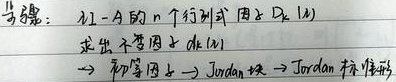
当\(\lambda\)：\(\lambda I - A\)的\(n\)个行列式因子\(D_k(\lambda)\)求出不变因子\(d_k(\lambda)\)\(\to\)初等因子\(\to\)Jordan块\(\to\)Jordan标准形